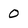
Character: 0